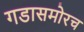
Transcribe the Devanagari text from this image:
गडासमोरच